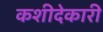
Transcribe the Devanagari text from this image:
कशीदेकारी